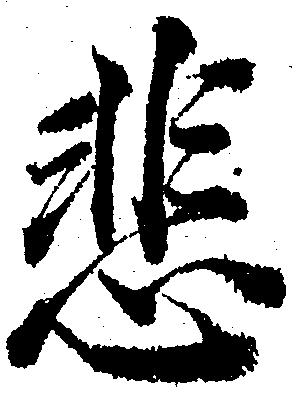
悲